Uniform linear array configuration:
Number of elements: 24
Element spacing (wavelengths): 0.25
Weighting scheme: blackman
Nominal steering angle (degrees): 30
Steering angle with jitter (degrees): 31.911
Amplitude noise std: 0.05
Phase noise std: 0.05

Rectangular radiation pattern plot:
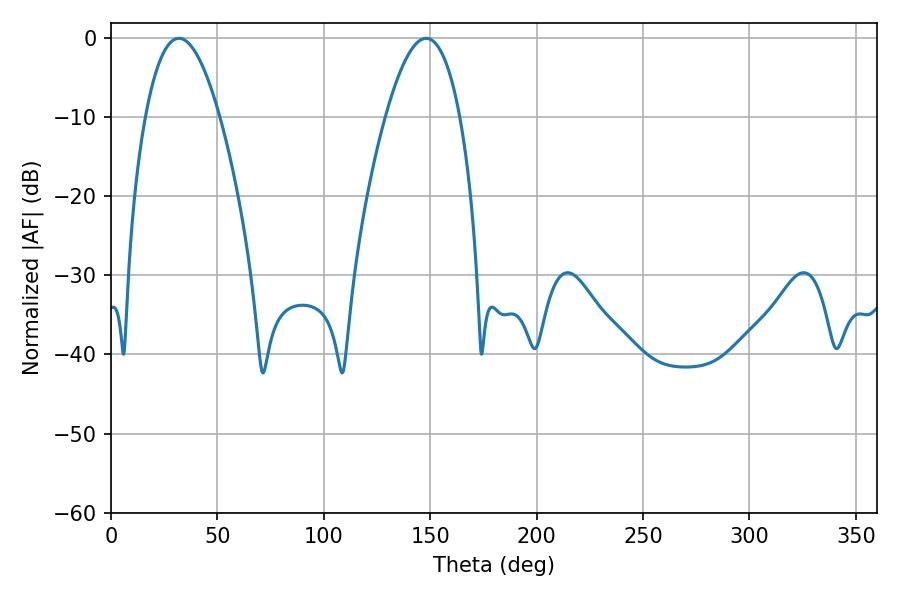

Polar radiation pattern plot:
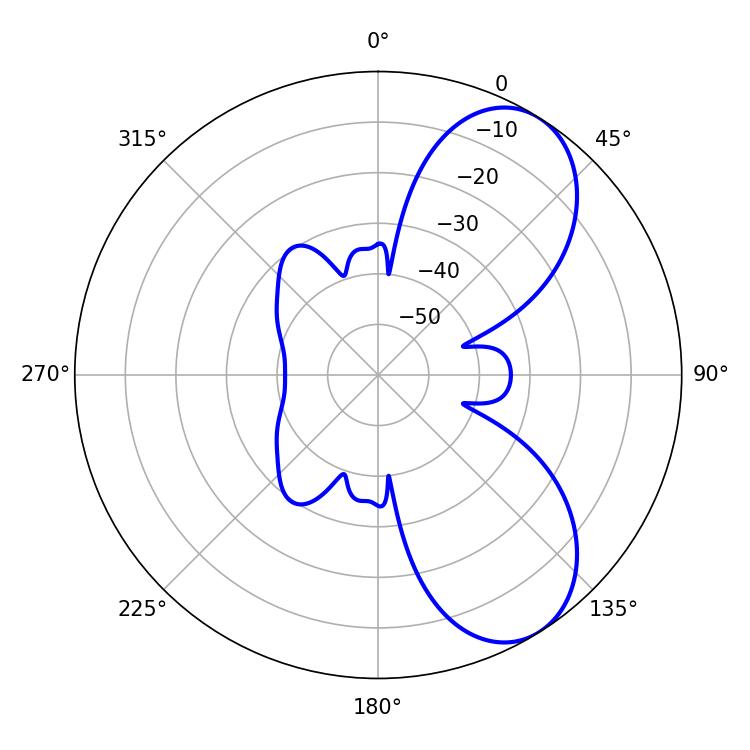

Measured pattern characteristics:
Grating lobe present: FALSE
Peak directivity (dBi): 7.137
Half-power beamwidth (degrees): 19.26
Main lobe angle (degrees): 31.86